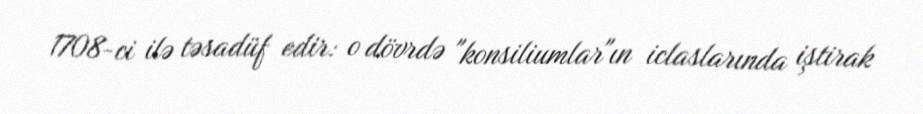
1708-ci ilə təsadüf edir: o dövrdə "konsiliumlar"ın iclaslarında iştirak